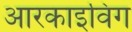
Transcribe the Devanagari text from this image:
आरकाइविंग